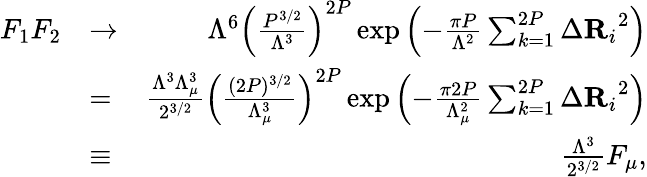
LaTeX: \begin{array}{rlr}{F_{1}F_{2}}&{\to}&{\Lambda^{6}\left(\frac{P^{3/2}}{\Lambda^{3}}\right)^{2P}\exp\left(-\frac{\pi P}{\Lambda^{2}}\sum_{k=1}^{2P}{\Delta\mathbf{R}_{i}}^{2}\right)}\\ &{=}&{\frac{\Lambda^{3}\Lambda_{\mu}^{3}}{2^{3/2}}\left(\frac{(2P)^{3/2}}{\Lambda_{\mu}^{3}}\right)^{2P}\exp\left(-\frac{\pi 2P}{\Lambda_{\mu}^{2}}\sum_{k=1}^{2P}{\Delta\mathbf{R}_{i}}^{2}\right)}\\ &{\equiv}&{\frac{\Lambda^{3}}{2^{3/2}}F_{\mu},}\end{array}